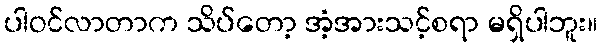
ပါဝင်လာတာက သိပ်တော့ အံ့အားသင့်စရာ မရှိပါဘူး။